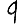
Digit: 9